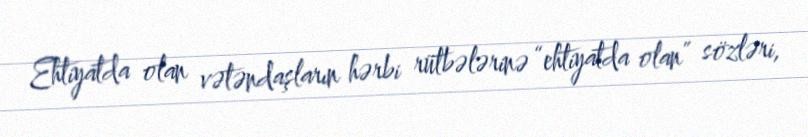
Ehtiyatda olan vətəndaşların hərbi rütbələrinə “ehtiyatda olan” sözləri,